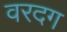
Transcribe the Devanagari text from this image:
वरदग